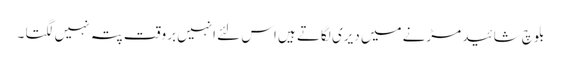
بلوچ شائید مڑنے میں دیری لگاتے ہیں اس لئے انہیں بروقت پتہ نہیں لگتا ۔